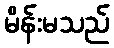
မိန်းမသည်